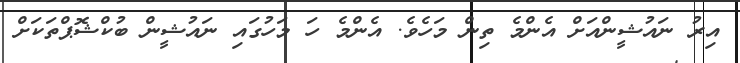
އިރު ނައުޝީންއަށް އެންމެ ތިން މަހެވެ. އެންމެ ހަ މަހުގައި ނައުޝީން ބުކްޝޮޕްތަކަށް